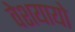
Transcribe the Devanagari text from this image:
वेशयायो